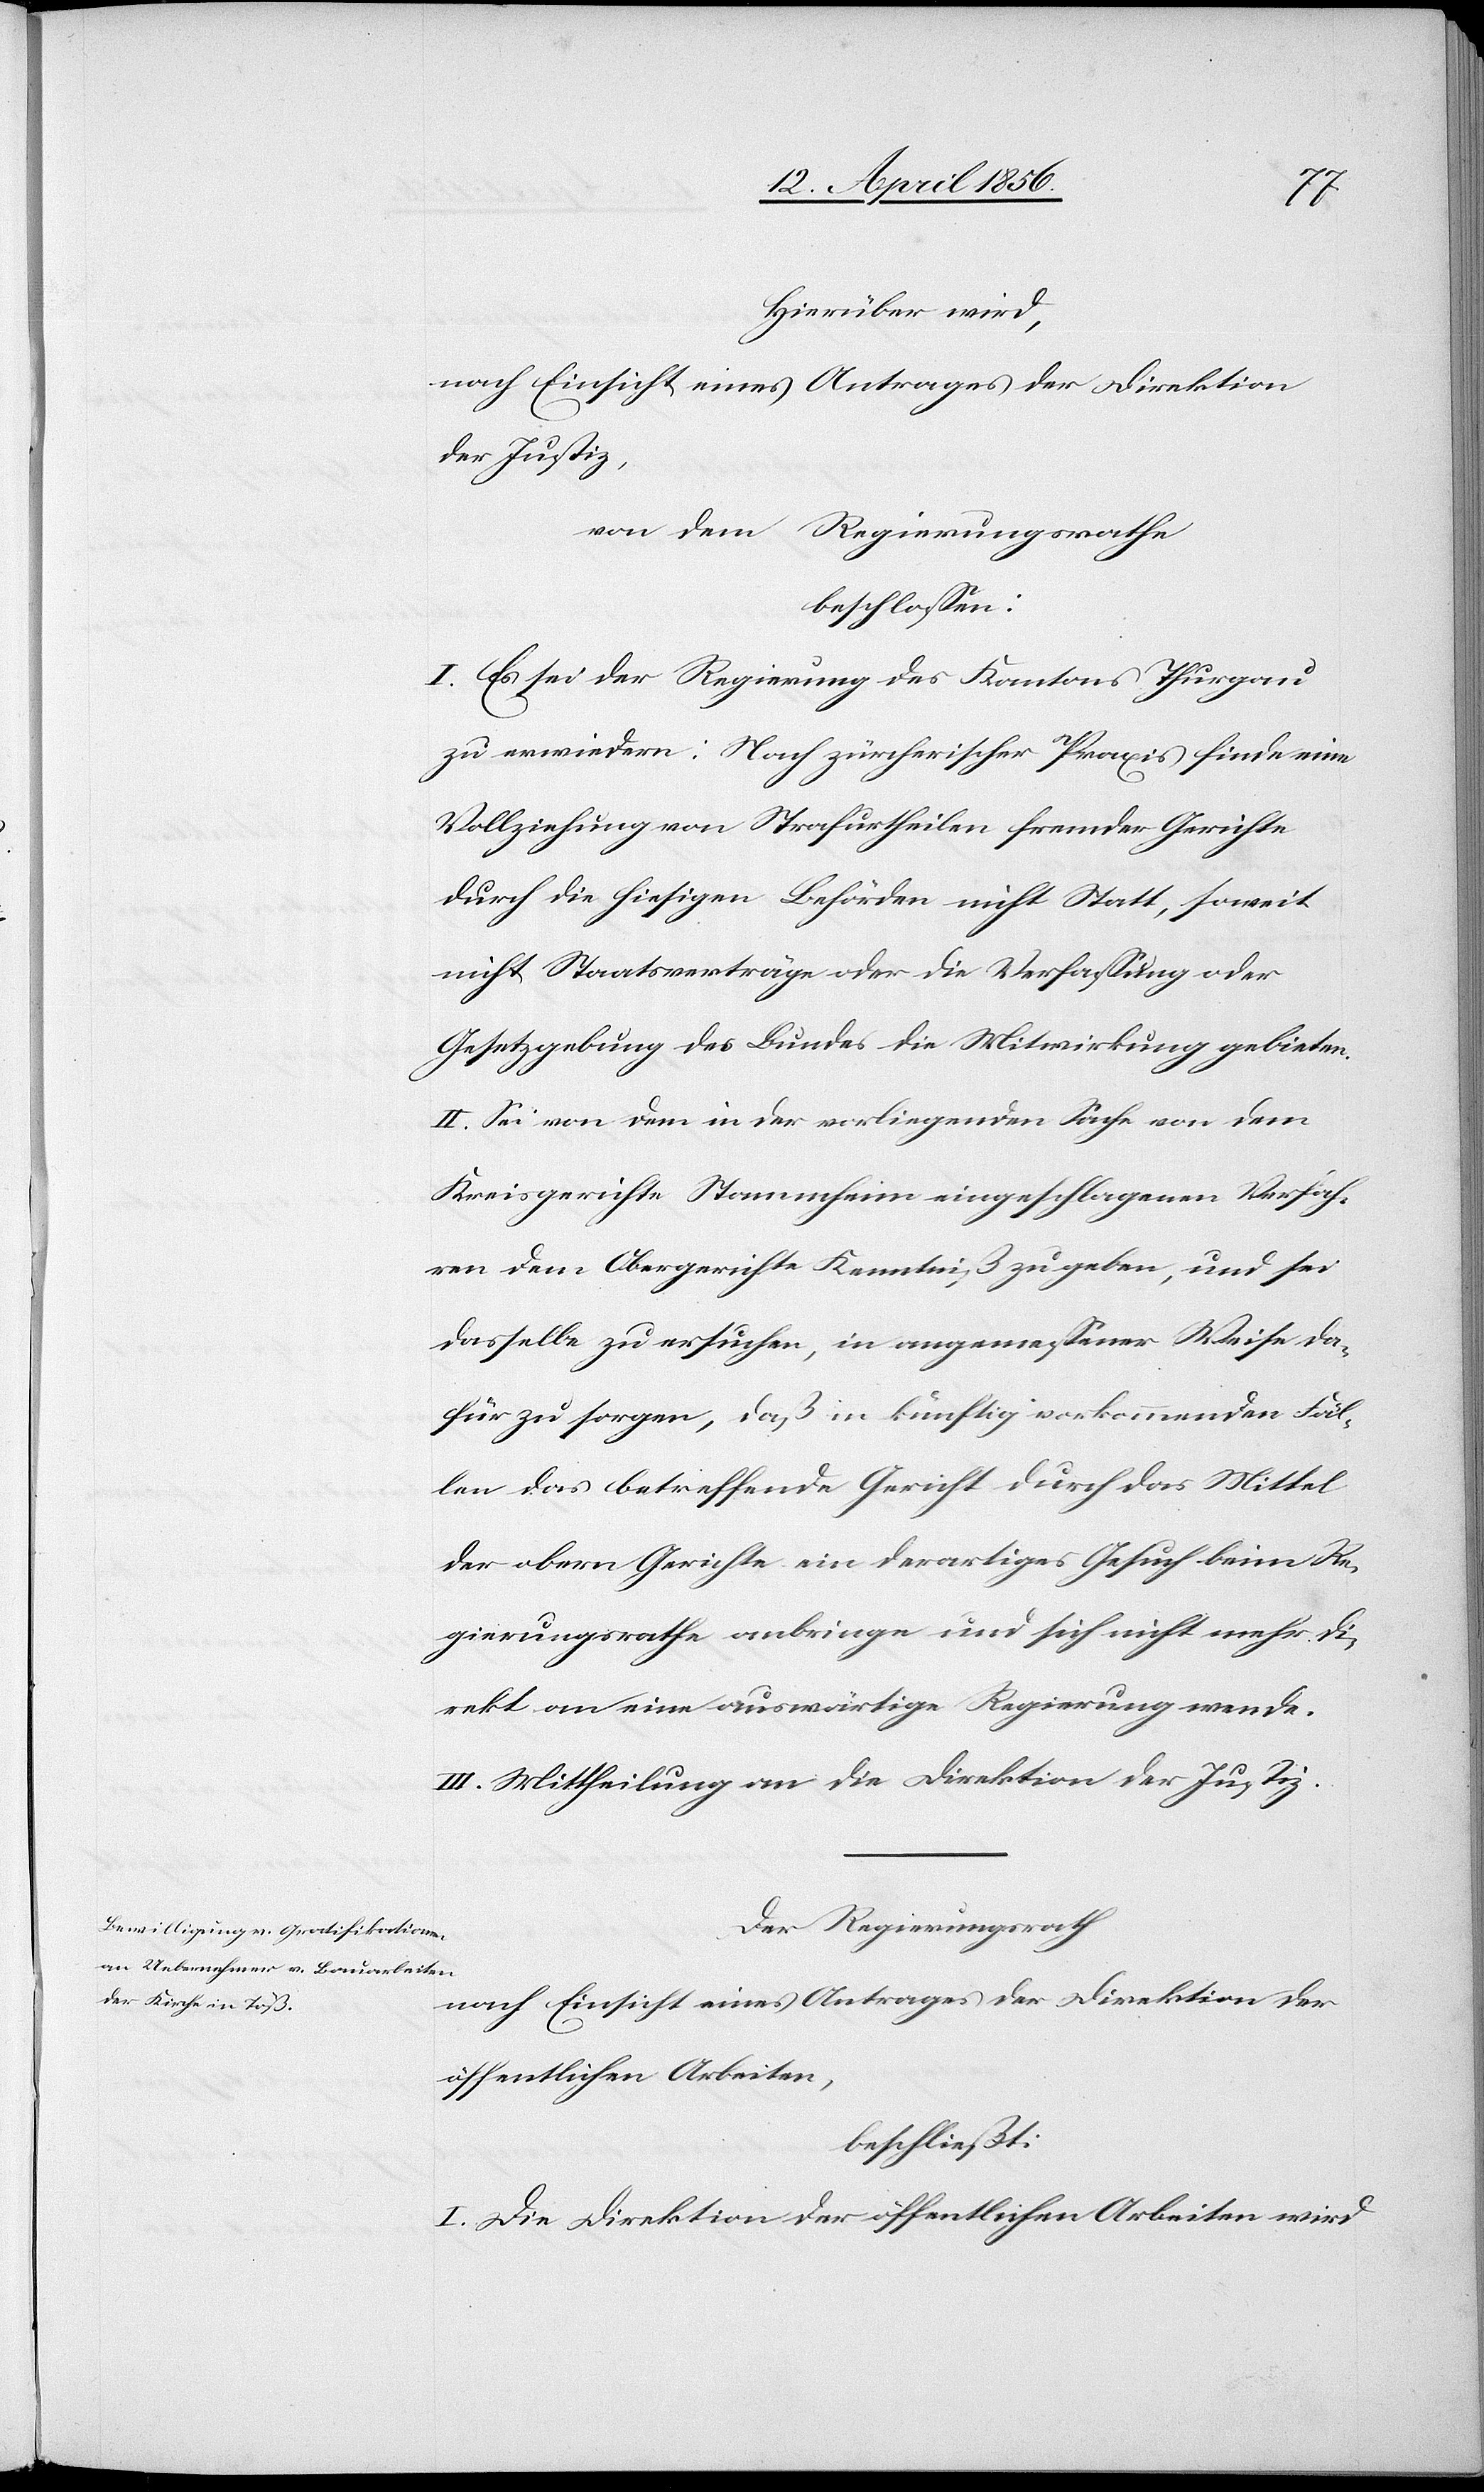
Hierüber wird,
nach Einsicht eines Antrages der Direktion
der Justiz,
von dem Regierungsrathe
beschlossen:
I. Es sei der Regierung des Kantons Thurgau
zu erwiedern: Nach zürcherischer Praxis finde eine
Vollziehung von Strafurtheilen fremder Gerichte
durch die hiesigen Behörden nicht Statt, soweit
nicht Staatsverträge oder die Verfassung oder
Gesetzgebung des Bundes die Mitwirkung gebieten.
II. Sei von dem in der vorliegenden Sache von dem
Kreisgerichte Stammheim eingeschlagenen Verfah¬
ren dem Obergerichte Kenntniß zu geben, und sei
dasselbe zu ersuchen, in angemessener Weise da¬
für zu sorgen, daß in künftig vorkommenden Fäl¬
len das betreffende Gericht durch das Mittel
der obern Gerichte ein derartiges Gesuch beim Re¬
gierungsrathe anbringe und sich nicht mehr di¬
rekt an eine auswärtige Regierung wende.
III. Mittheilung an die Direktion der Justiz.
Der Regierungsrath
nach Einsicht eines Antrages der Direktion der
öffentlichen Arbeiten,
beschließt:
I. Die Direktion der öffentlichen Arbeiten wird